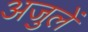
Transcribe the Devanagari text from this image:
अजुलें